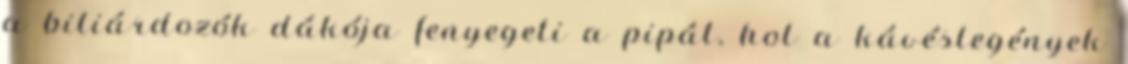
a biliárdozók dákója fenyegeti a pipát, hol a kávéslegények